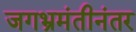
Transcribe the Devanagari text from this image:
जगभ्रमंतीनंतर